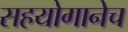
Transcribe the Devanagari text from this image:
सहयोगानेच